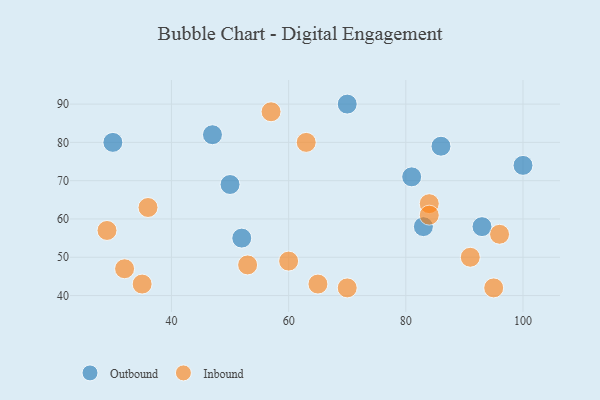
{"axis": {"x": "GDP", "y": "Life Expectancy"}, "legend": ["Inbound", "Outbound"], "data": [{"x": "52", "y": 55, "type": "Outbound"}, {"x": "81", "y": 71, "type": "Outbound"}, {"x": "86", "y": 79, "type": "Outbound"}, {"x": "70", "y": 90, "type": "Outbound"}, {"x": "50", "y": 69, "type": "Outbound"}, {"x": "100", "y": 74, "type": "Outbound"}, {"x": "30", "y": 80, "type": "Outbound"}, {"x": "93", "y": 58, "type": "Outbound"}, {"x": "83", "y": 58, "type": "Outbound"}, {"x": "47", "y": 82, "type": "Outbound"}, {"x": "95", "y": 42, "type": "Inbound"}, {"x": "60", "y": 49, "type": "Inbound"}, {"x": "53", "y": 48, "type": "Inbound"}, {"x": "84", "y": 64, "type": "Inbound"}, {"x": "70", "y": 42, "type": "Inbound"}, {"x": "96", "y": 56, "type": "Inbound"}, {"x": "63", "y": 80, "type": "Inbound"}, {"x": "29", "y": 57, "type": "Inbound"}, {"x": "36", "y": 63, "type": "Inbound"}, {"x": "32", "y": 47, "type": "Inbound"}, {"x": "84", "y": 61, "type": "Inbound"}, {"x": "57", "y": 88, "type": "Inbound"}, {"x": "35", "y": 43, "type": "Inbound"}, {"x": "91", "y": 50, "type": "Inbound"}, {"x": "65", "y": 43, "type": "Inbound"}]}